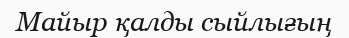
Майыр қалды сыйлығың